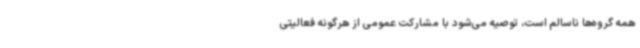
همه گروه‌ها ناسالم است، توصیه می‌شود با مشارکت عمومی از هرگونه فعالیتی